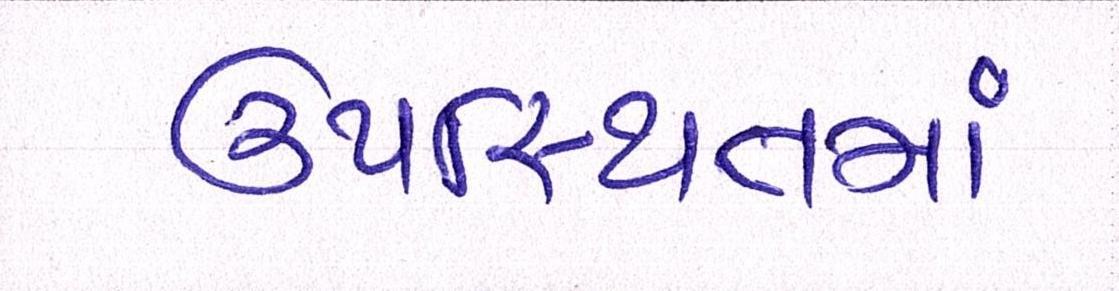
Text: ઉપસ્થિતમાં